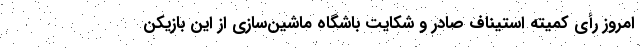
امروز رأی کمیته استیناف صادر و شکایت باشگاه ماشین‌سازی از این بازیکن